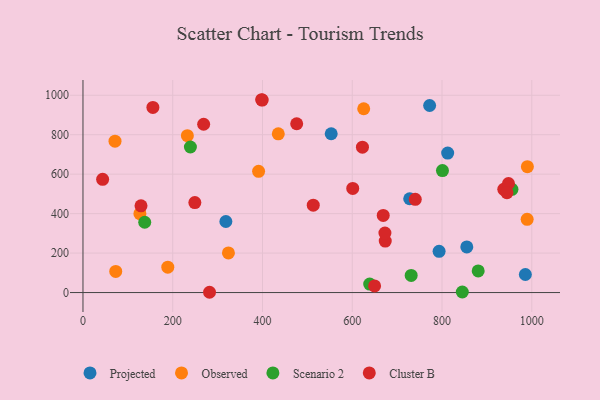
{"axis": {"x": "Experience", "y": "Salary"}, "legend": ["Cluster B", "Observed", "Projected", "Scenario 2"], "data": [{"x": "812.6", "y": 707.0, "type": "Projected"}, {"x": "793.5", "y": 209.1, "type": "Projected"}, {"x": "553.1", "y": 804.9, "type": "Projected"}, {"x": "318.4", "y": 360.1, "type": "Projected"}, {"x": "772.4", "y": 948.0, "type": "Projected"}, {"x": "985.7", "y": 91.5, "type": "Projected"}, {"x": "855.2", "y": 231.0, "type": "Projected"}, {"x": "728.0", "y": 475.4, "type": "Projected"}, {"x": "324.1", "y": 200.9, "type": "Observed"}, {"x": "71.4", "y": 767.0, "type": "Observed"}, {"x": "990.2", "y": 638.1, "type": "Observed"}, {"x": "989.7", "y": 371.2, "type": "Observed"}, {"x": "126.9", "y": 399.8, "type": "Observed"}, {"x": "391.3", "y": 614.3, "type": "Observed"}, {"x": "625.5", "y": 931.5, "type": "Observed"}, {"x": "73.0", "y": 107.1, "type": "Observed"}, {"x": "232.6", "y": 795.0, "type": "Observed"}, {"x": "435.2", "y": 804.4, "type": "Observed"}, {"x": "189.0", "y": 128.5, "type": "Observed"}, {"x": "239.4", "y": 737.8, "type": "Scenario 2"}, {"x": "955.8", "y": 523.3, "type": "Scenario 2"}, {"x": "137.6", "y": 356.3, "type": "Scenario 2"}, {"x": "880.6", "y": 109.7, "type": "Scenario 2"}, {"x": "638.9", "y": 42.9, "type": "Scenario 2"}, {"x": "845.2", "y": 2.9, "type": "Scenario 2"}, {"x": "731.3", "y": 87.0, "type": "Scenario 2"}, {"x": "801.0", "y": 618.1, "type": "Scenario 2"}, {"x": "476.2", "y": 855.6, "type": "Cluster B"}, {"x": "398.2", "y": 977.3, "type": "Cluster B"}, {"x": "155.8", "y": 938.1, "type": "Cluster B"}, {"x": "268.9", "y": 853.0, "type": "Cluster B"}, {"x": "649.8", "y": 33.4, "type": "Cluster B"}, {"x": "249.3", "y": 455.9, "type": "Cluster B"}, {"x": "129.3", "y": 439.7, "type": "Cluster B"}, {"x": "622.7", "y": 736.6, "type": "Cluster B"}, {"x": "740.4", "y": 472.4, "type": "Cluster B"}, {"x": "282.0", "y": 1.4, "type": "Cluster B"}, {"x": "669.0", "y": 391.0, "type": "Cluster B"}, {"x": "601.1", "y": 527.6, "type": "Cluster B"}, {"x": "673.5", "y": 261.1, "type": "Cluster B"}, {"x": "399.3", "y": 975.4, "type": "Cluster B"}, {"x": "513.1", "y": 443.1, "type": "Cluster B"}, {"x": "672.8", "y": 301.3, "type": "Cluster B"}, {"x": "937.6", "y": 523.3, "type": "Cluster B"}, {"x": "948.1", "y": 552.8, "type": "Cluster B"}, {"x": "43.8", "y": 574.1, "type": "Cluster B"}, {"x": "944.7", "y": 506.2, "type": "Cluster B"}]}